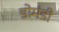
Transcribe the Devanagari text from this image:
डोमंडी